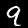
Label: 9